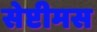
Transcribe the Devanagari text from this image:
सेप्टीमस